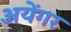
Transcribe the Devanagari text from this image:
अयेंगर